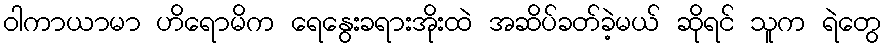
ဝါကာယာမာ ဟိရောမိက ရေနွေးခရားအိုးထဲ အဆိပ်ခတ်ခဲ့မယ် ဆိုရင် သူက ရဲတွေ